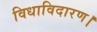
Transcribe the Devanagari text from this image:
विधाविदारण।